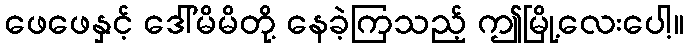
ဖေဖေနှင့် ဒေါ်မိမိတို့ နေခဲ့ကြသည့် ဤမြို့လေးပေါ့။